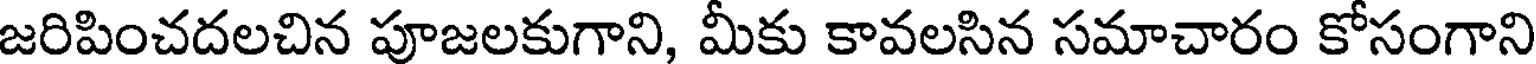
జరిపించదలచిన పూజలకుగాని, మీకు కావలసిన సమాచారం కోసంగాని